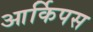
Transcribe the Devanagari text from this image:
आर्किपस